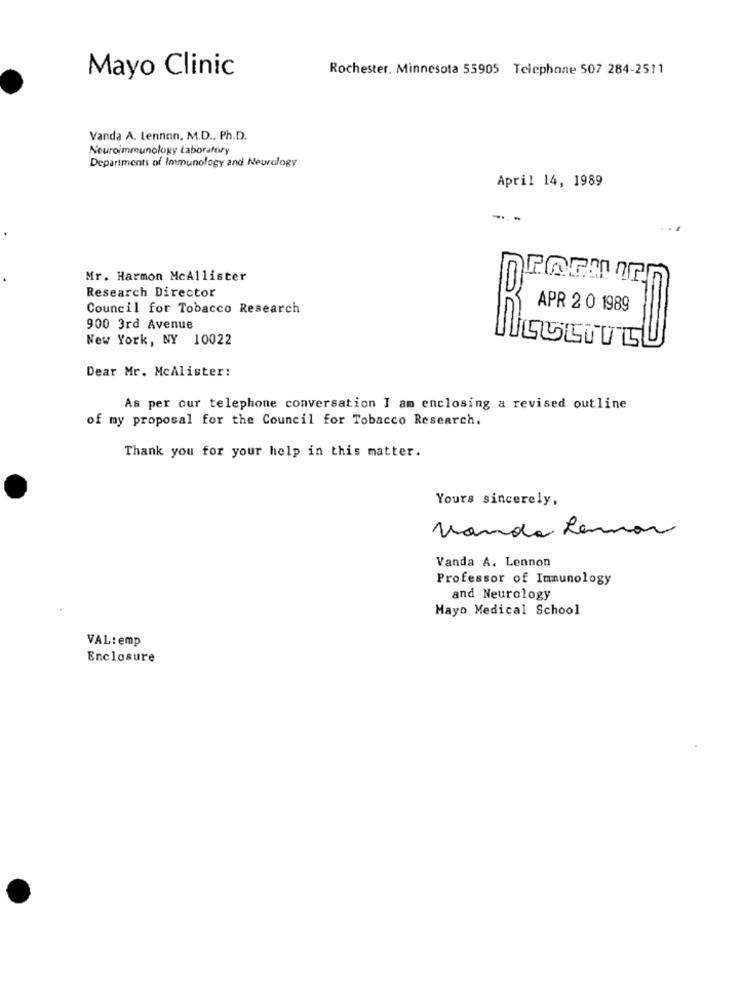
Rochester, Minnesota 55905 Telephone 507 284-2511
Mayo Clinic
Vanda A. Lennon, M.D ., Ph.D.
Neuroimmunology Laboratory
Departments of Immunology and Neurology
April 14, 1989
Mr. Harmon McAllister
Research Director
Council for Tobacco Research
APR 2 0 1989
900 3rd Avenue
New York, NY 10022
Dear Mr. McAlister:
As per our telephone conversation I am enclosing a revised outline
of my proposal for the Council for Tobacco Research.
Thank you for your help in this matter.
Yours sincerely,
Vanda Lemar
Vanda A. Lennon
Professor of Immunology
and Neurology
Mayo Medical School
VAL:emp
Enclosure